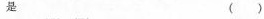
是 ()